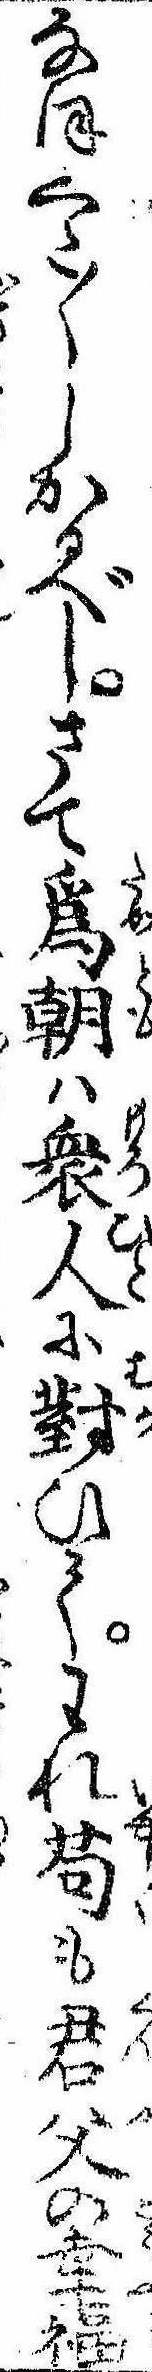
なほくた〱しかるべしさて為朝は衆人に対ひてわれ苟も君父の幸福